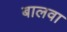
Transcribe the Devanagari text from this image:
बालवा